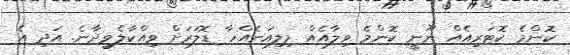
ކޮންމެ ކޮޓަރިއެއް ނޫނީ ކޮންމެ ވިލާއެއް މިލިއަނެއްހާ ޑޮލަރަށް ވިއްކާލެވިދާނެ. އަދި އެ